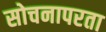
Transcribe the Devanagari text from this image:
सोचनापरता